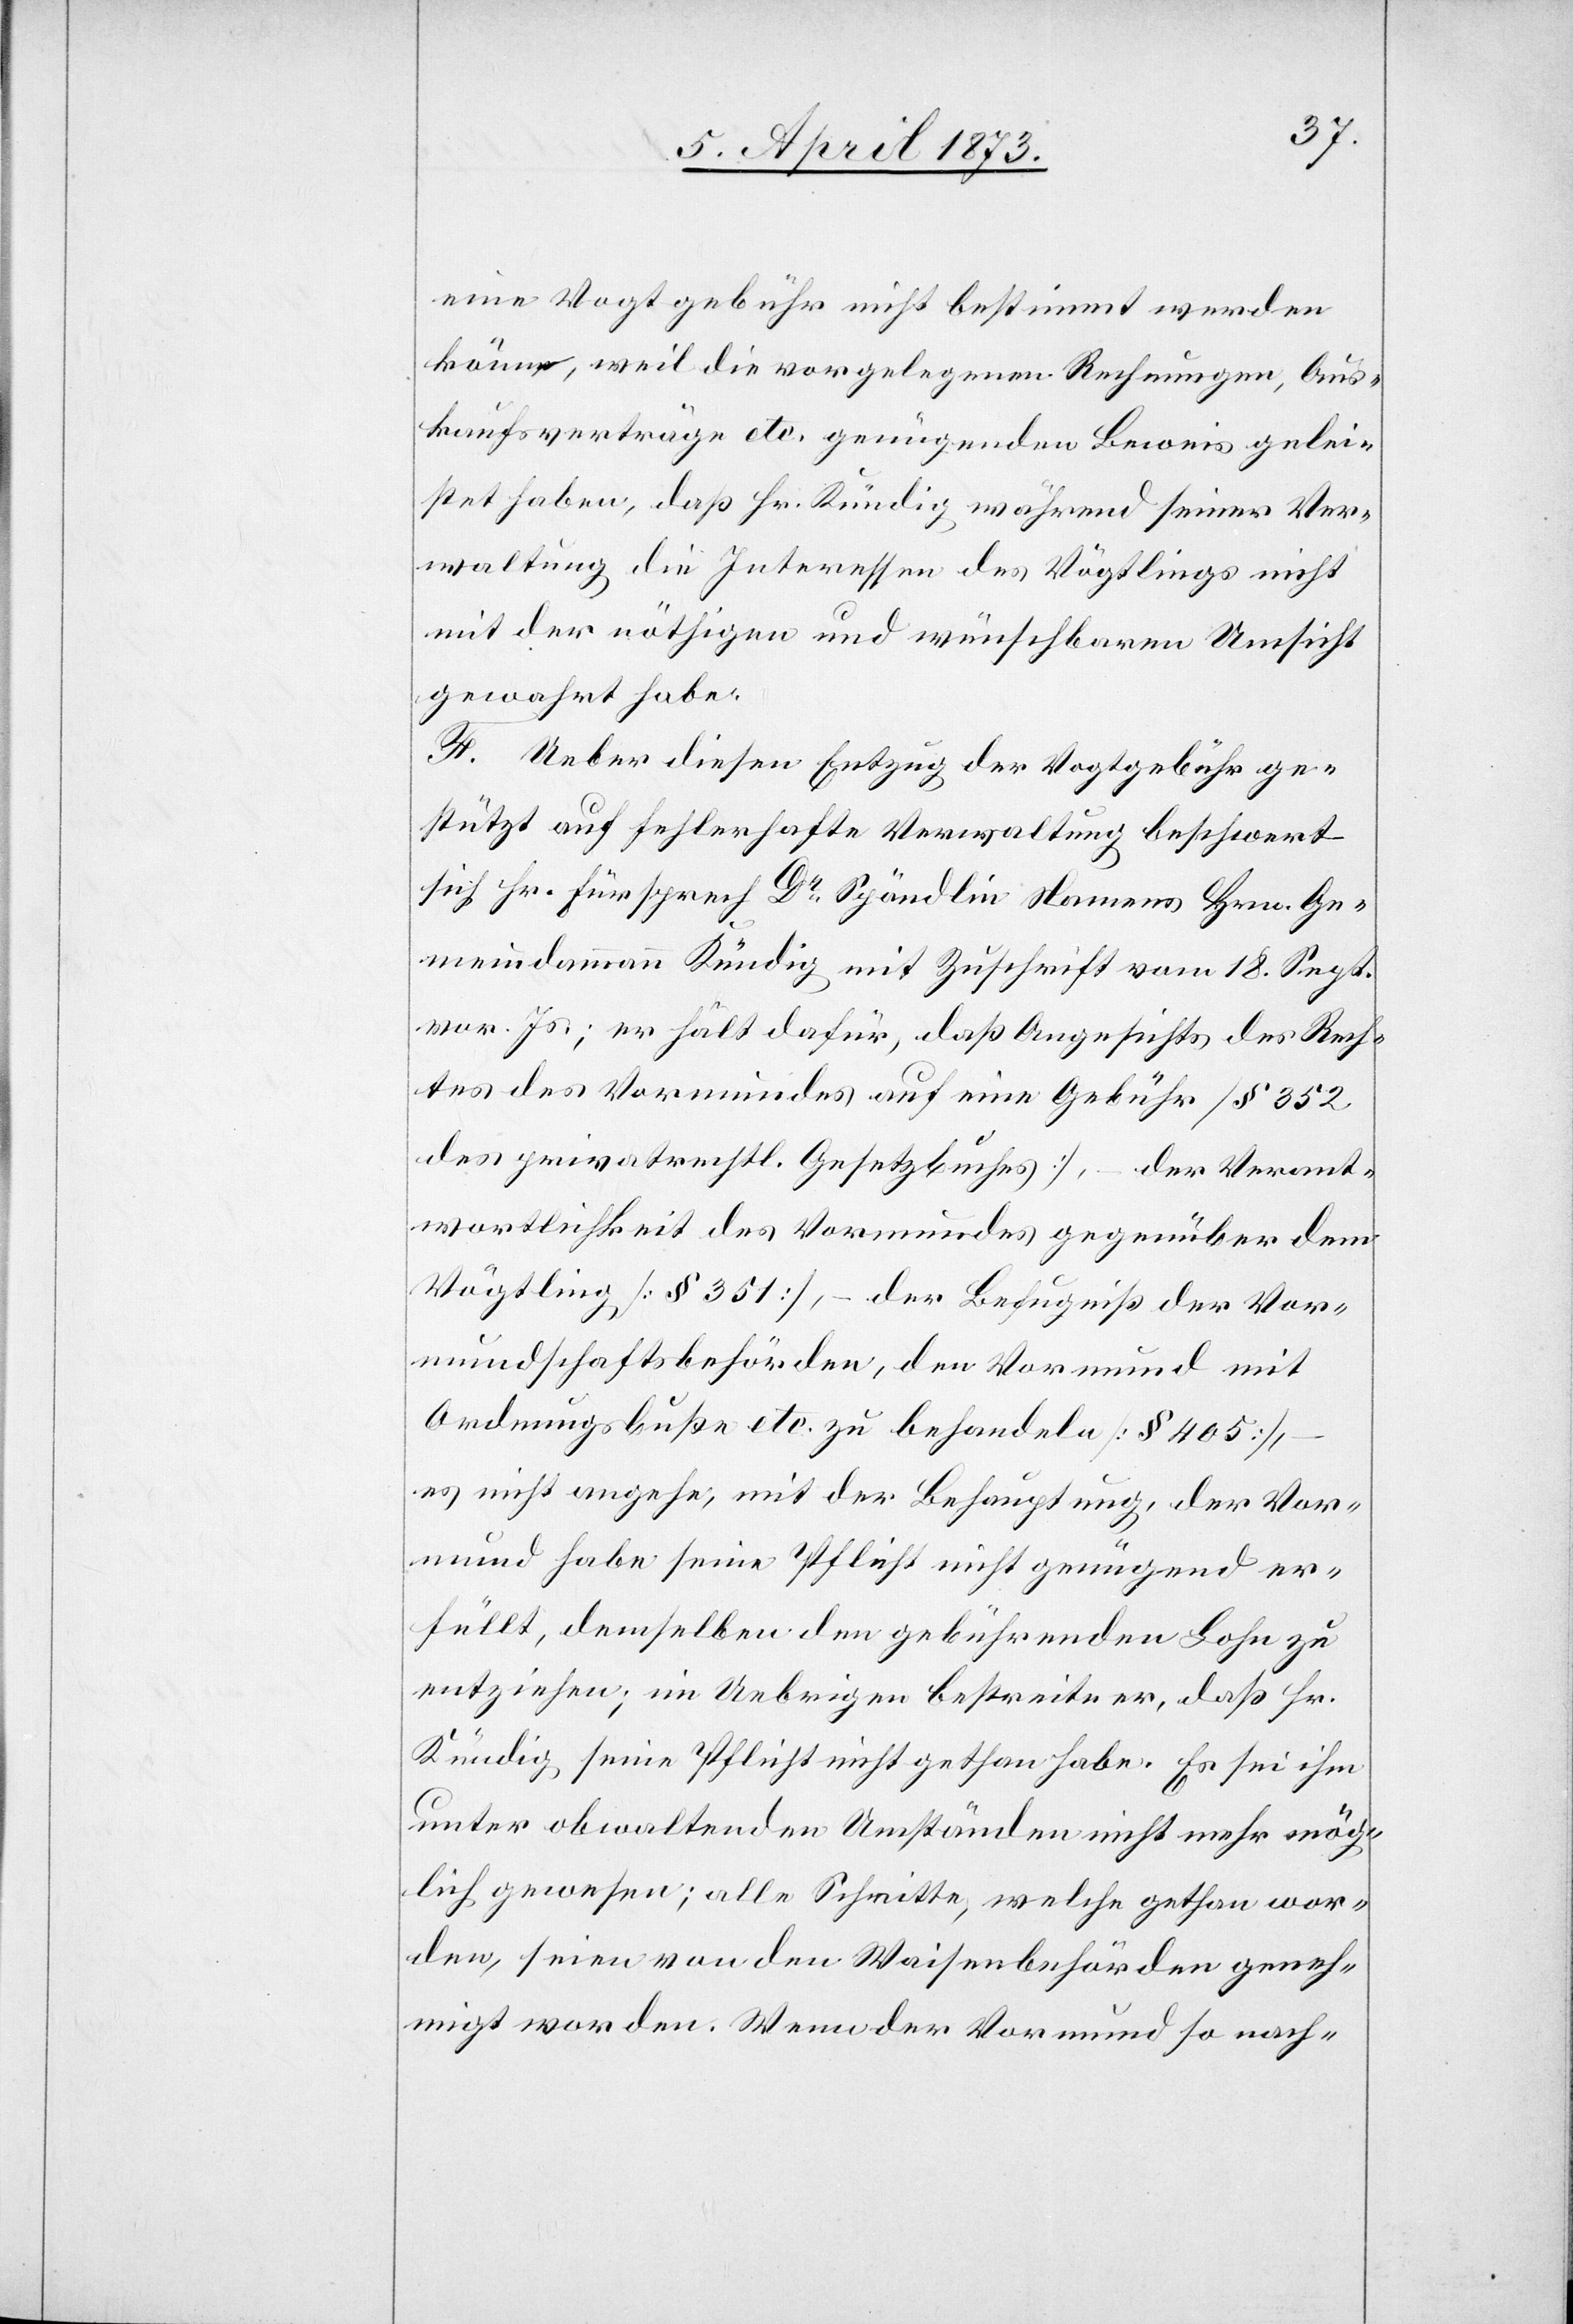
eine Vogtgebühr nicht bestimmt werden
könne, weil die vorgelegenen Rechnungen, Aus¬
kaufsverträge etc. genügenden Beweis gelei¬
stet haben, daß Hr. Kündig während seiner Ver¬
waltung die Interessen des Vögtlings nicht
mit der nöthigen und wünschbaren Umsicht
gewahrt habe.
F. Ueber diesen Entzug der Vogtgebühr ge¬
stützt auf fehlerhafte Verwaltung beschwert
sich Hr. Fürsprech Dr Spöndlin Namens Hrn. Ge¬
meindammann Kündig mit Zuschrift vom 18. Sept.
vor. Js.; er hält dafür, daß Angesichts des Rech¬
tes des Vormundes auf eine Gebühr [§ 352
des privatrechtl. Gesetzbuches], – der Verant¬
wortlichkeit des Vormundes gegenüber dem
Vögtling [§ 351], – der Befugniß der Vor¬
mundschaftsbehörden, den Vormund mit
Ordnungsbuße etc. zu behandeln [§ 405],
–
es nicht angehe, mit der Behauptung, der Vor¬
mund habe seine Pflicht nicht genügend er¬
füllt, demselben den gebührenden Lohn zu
entziehen; im Uebrigen bestreite er, daß Hr.
Kündig seine Pflicht nicht gethan habe. Es sei ihm
unter obwaltenden Umständen nicht mehr mög¬
lich gewesen; alle Schritte, welche gethan wor¬
den, seien von den Waisenbehörden geneh¬
migt worden. Wenn der Vormund so nach-